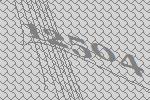
12504